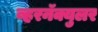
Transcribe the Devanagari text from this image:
व्हरनॅक्युलर